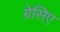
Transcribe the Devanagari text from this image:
ग्रेसिए